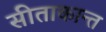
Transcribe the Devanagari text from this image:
सीताकान्त